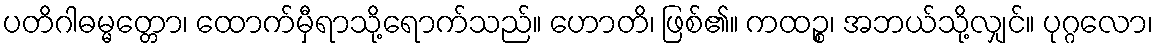
ပတိဂါဓမ္မတ္တော၊ ထောက်မှီရာသို့ရောက်သည်။ ဟောတိ၊ ဖြစ်၏။ ကထဉ္စ၊ အဘယ်သို့လျှင်။ ပုဂ္ဂလော၊